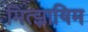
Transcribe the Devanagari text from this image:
मित्झ्रायिम